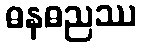
ဓနဓညဿ